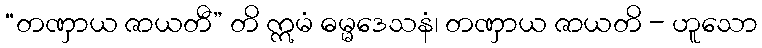
“တဏှာယ ဇာယတီ” တိ ဣမံ ဓမ္မဒေသနံ၊ တဏှာယ ဇာယတိ - ဟူသော